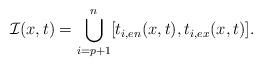
LaTeX: \begin{align*} \mathcal{I}(x,t)=\bigcup_{i=p+1}^{n}[t_{i,en}(x,t),t_{i,ex}(x,t)].\end{align*}